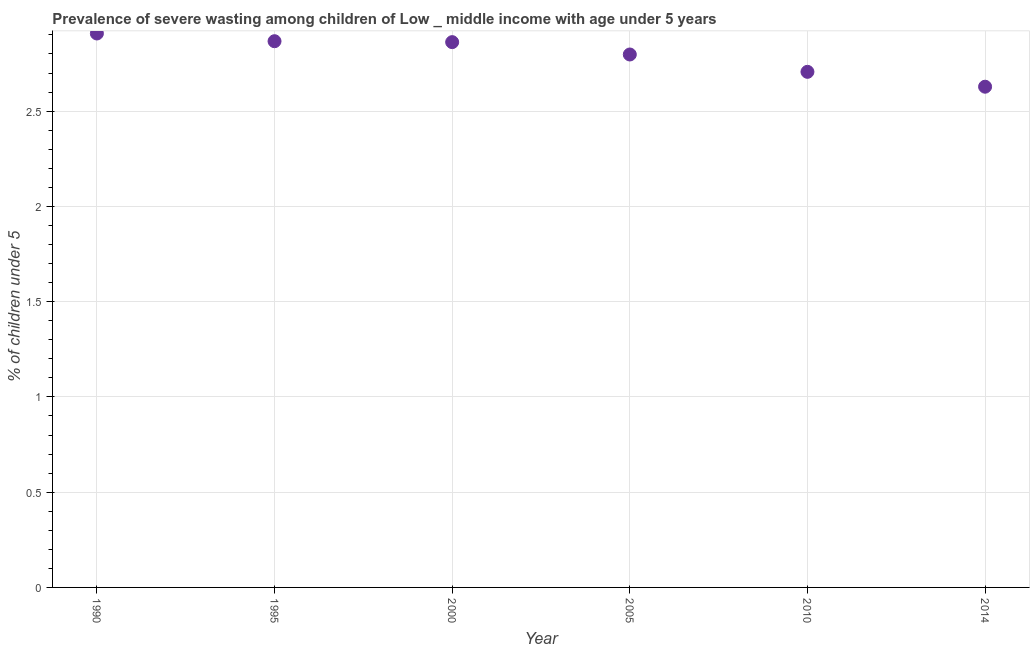
| Year | Prevalence of severe wasting |
 | --- | --- |
 | 1990 | 2.91 |
 | 1995 | 2.87 |
 | 2000 | 2.86 |
 | 2005 | 2.8 |
 | 2010 | 2.71 |
 | 2014 | 2.63 |